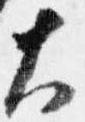
大